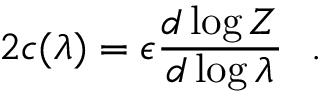
2 c ( \lambda ) = \epsilon { \frac { d \log Z } { d \log \lambda } } ~ ~ .